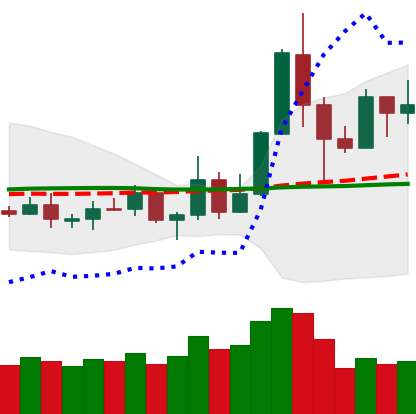
Ticker: TRX-USD
Chart end date: 2019-05-21
Forward return: 8.826%
Label: up_7plus